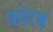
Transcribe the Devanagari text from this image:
कोरब